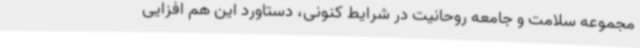
مجموعه سلامت و جامعه روحانیت در شرایط کنونی، دستاورد این هم افزایی